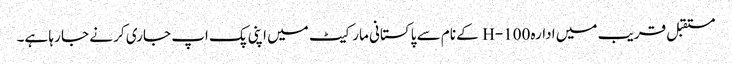
مستقبل قریب میں ادارہ H-100 کے نام سے پاکستانی مارکیٹ میں اپنی پک اپ جاری کر نے جا رہا ہے۔